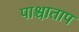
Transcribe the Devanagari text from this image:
पाश्चाताप